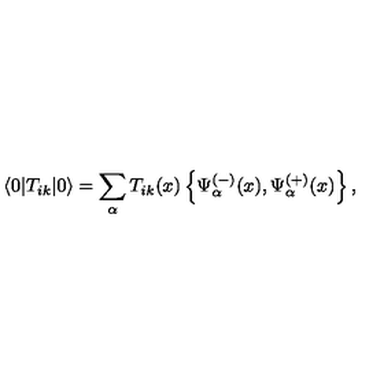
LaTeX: \langle 0 \vert T _ { i k } \vert 0 \rangle = \sum _ { \alpha } T _ { i k } ( x ) \left\{ \Psi _ { \alpha } ^ { ( - ) } ( x ) , \Psi _ { \alpha } ^ { ( + ) } ( x ) \right\} ,